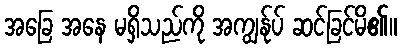
အခြေ အနေ မရှိသည်ကို အကျွန်ုပ် ဆင်ခြင်မိ၏။